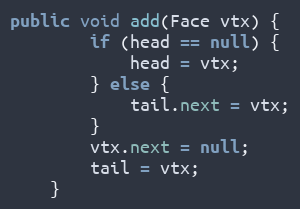
Language: Java
public void add(Face vtx) {
        if (head == null) {
            head = vtx;
        } else {
            tail.next = vtx;
        }
        vtx.next = null;
        tail = vtx;
    }